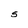
Character: S